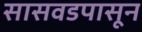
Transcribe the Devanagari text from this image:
सासवडपासून